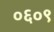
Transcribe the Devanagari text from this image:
०६०९